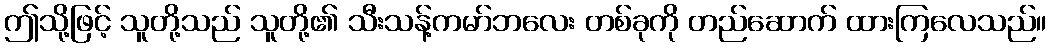
ဤသို့ဖြင့် သူတို့သည် သူတို့၏ သီးသန့်ကမာ်ဘလေး တစ်ခုကို တည်ဆောက် ထားကြလေသည်။